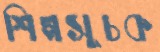
শিল্পসূচক